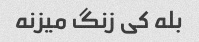
بله کی زنگ میزنه